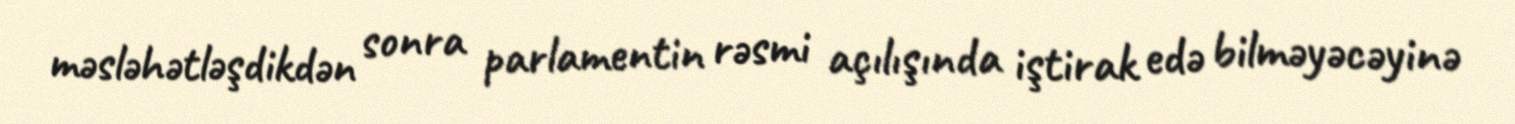
məsləhətləşdikdən sonra parlamentin rəsmi açılışında iştirak edə bilməyəcəyinə